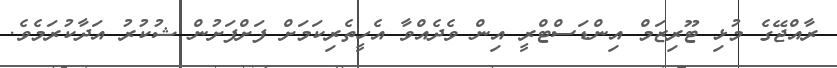
ރާއްޖޭގެ މުޅި ޓޫރިޒަމް އިންޑަސްޓްރީ އިން ވެދެއްވާ އެހީތެރިކަމަށް ފަށްފަށުން ޝުކުރު އަދާކުރަމެވެ.